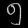
Digit: ၅